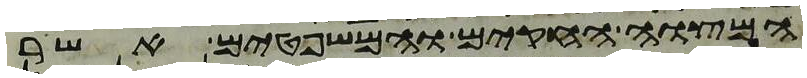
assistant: המצוה החקים והמשפטים אשר